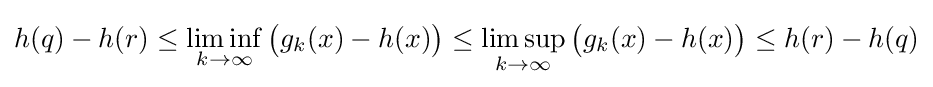
h(q)-h(r)\leq \liminf \limits _{k\rightarrow \infty }{\bigl (}g_{k}(x)-h(x){\bigr )}\leq \limsup \limits _{k\rightarrow \infty }{\bigl (}g_{k}(x)-h(x){\bigr )}\leq h(r)-h(q)